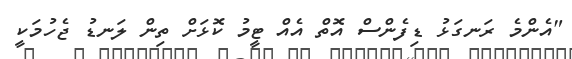
"އެންމެ ރަނގަޅު ޑިފެންސް އޮތް އެއް ޓީމު ކޮޅަށް ތިން ލަނޑު ޖެހުމަކީ